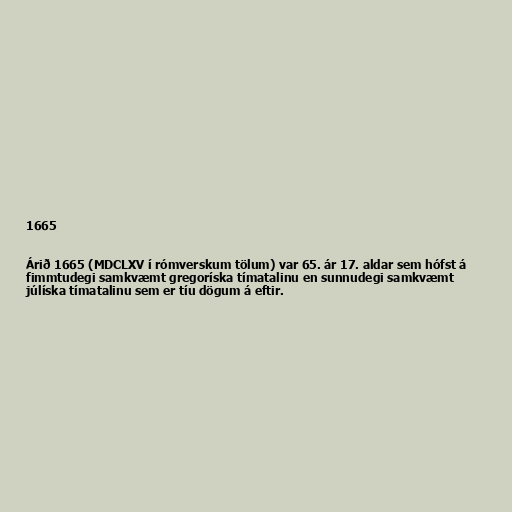
1665

Árið 1665 (MDCLXV í rómverskum tölum) var 65. ár 17. aldar sem hófst á
fimmtudegi samkvæmt gregoríska tímatalinu en sunnudegi samkvæmt
júlíska tímatalinu sem er tíu dögum á eftir.